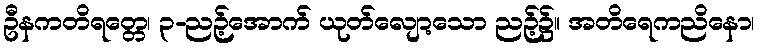
ဦနကတိရတ္တေ၊ ၃-ညဉ့်အောက် ယုတ်လျော့သော ညဉ့်၌။ အတိရေကညိနော၊